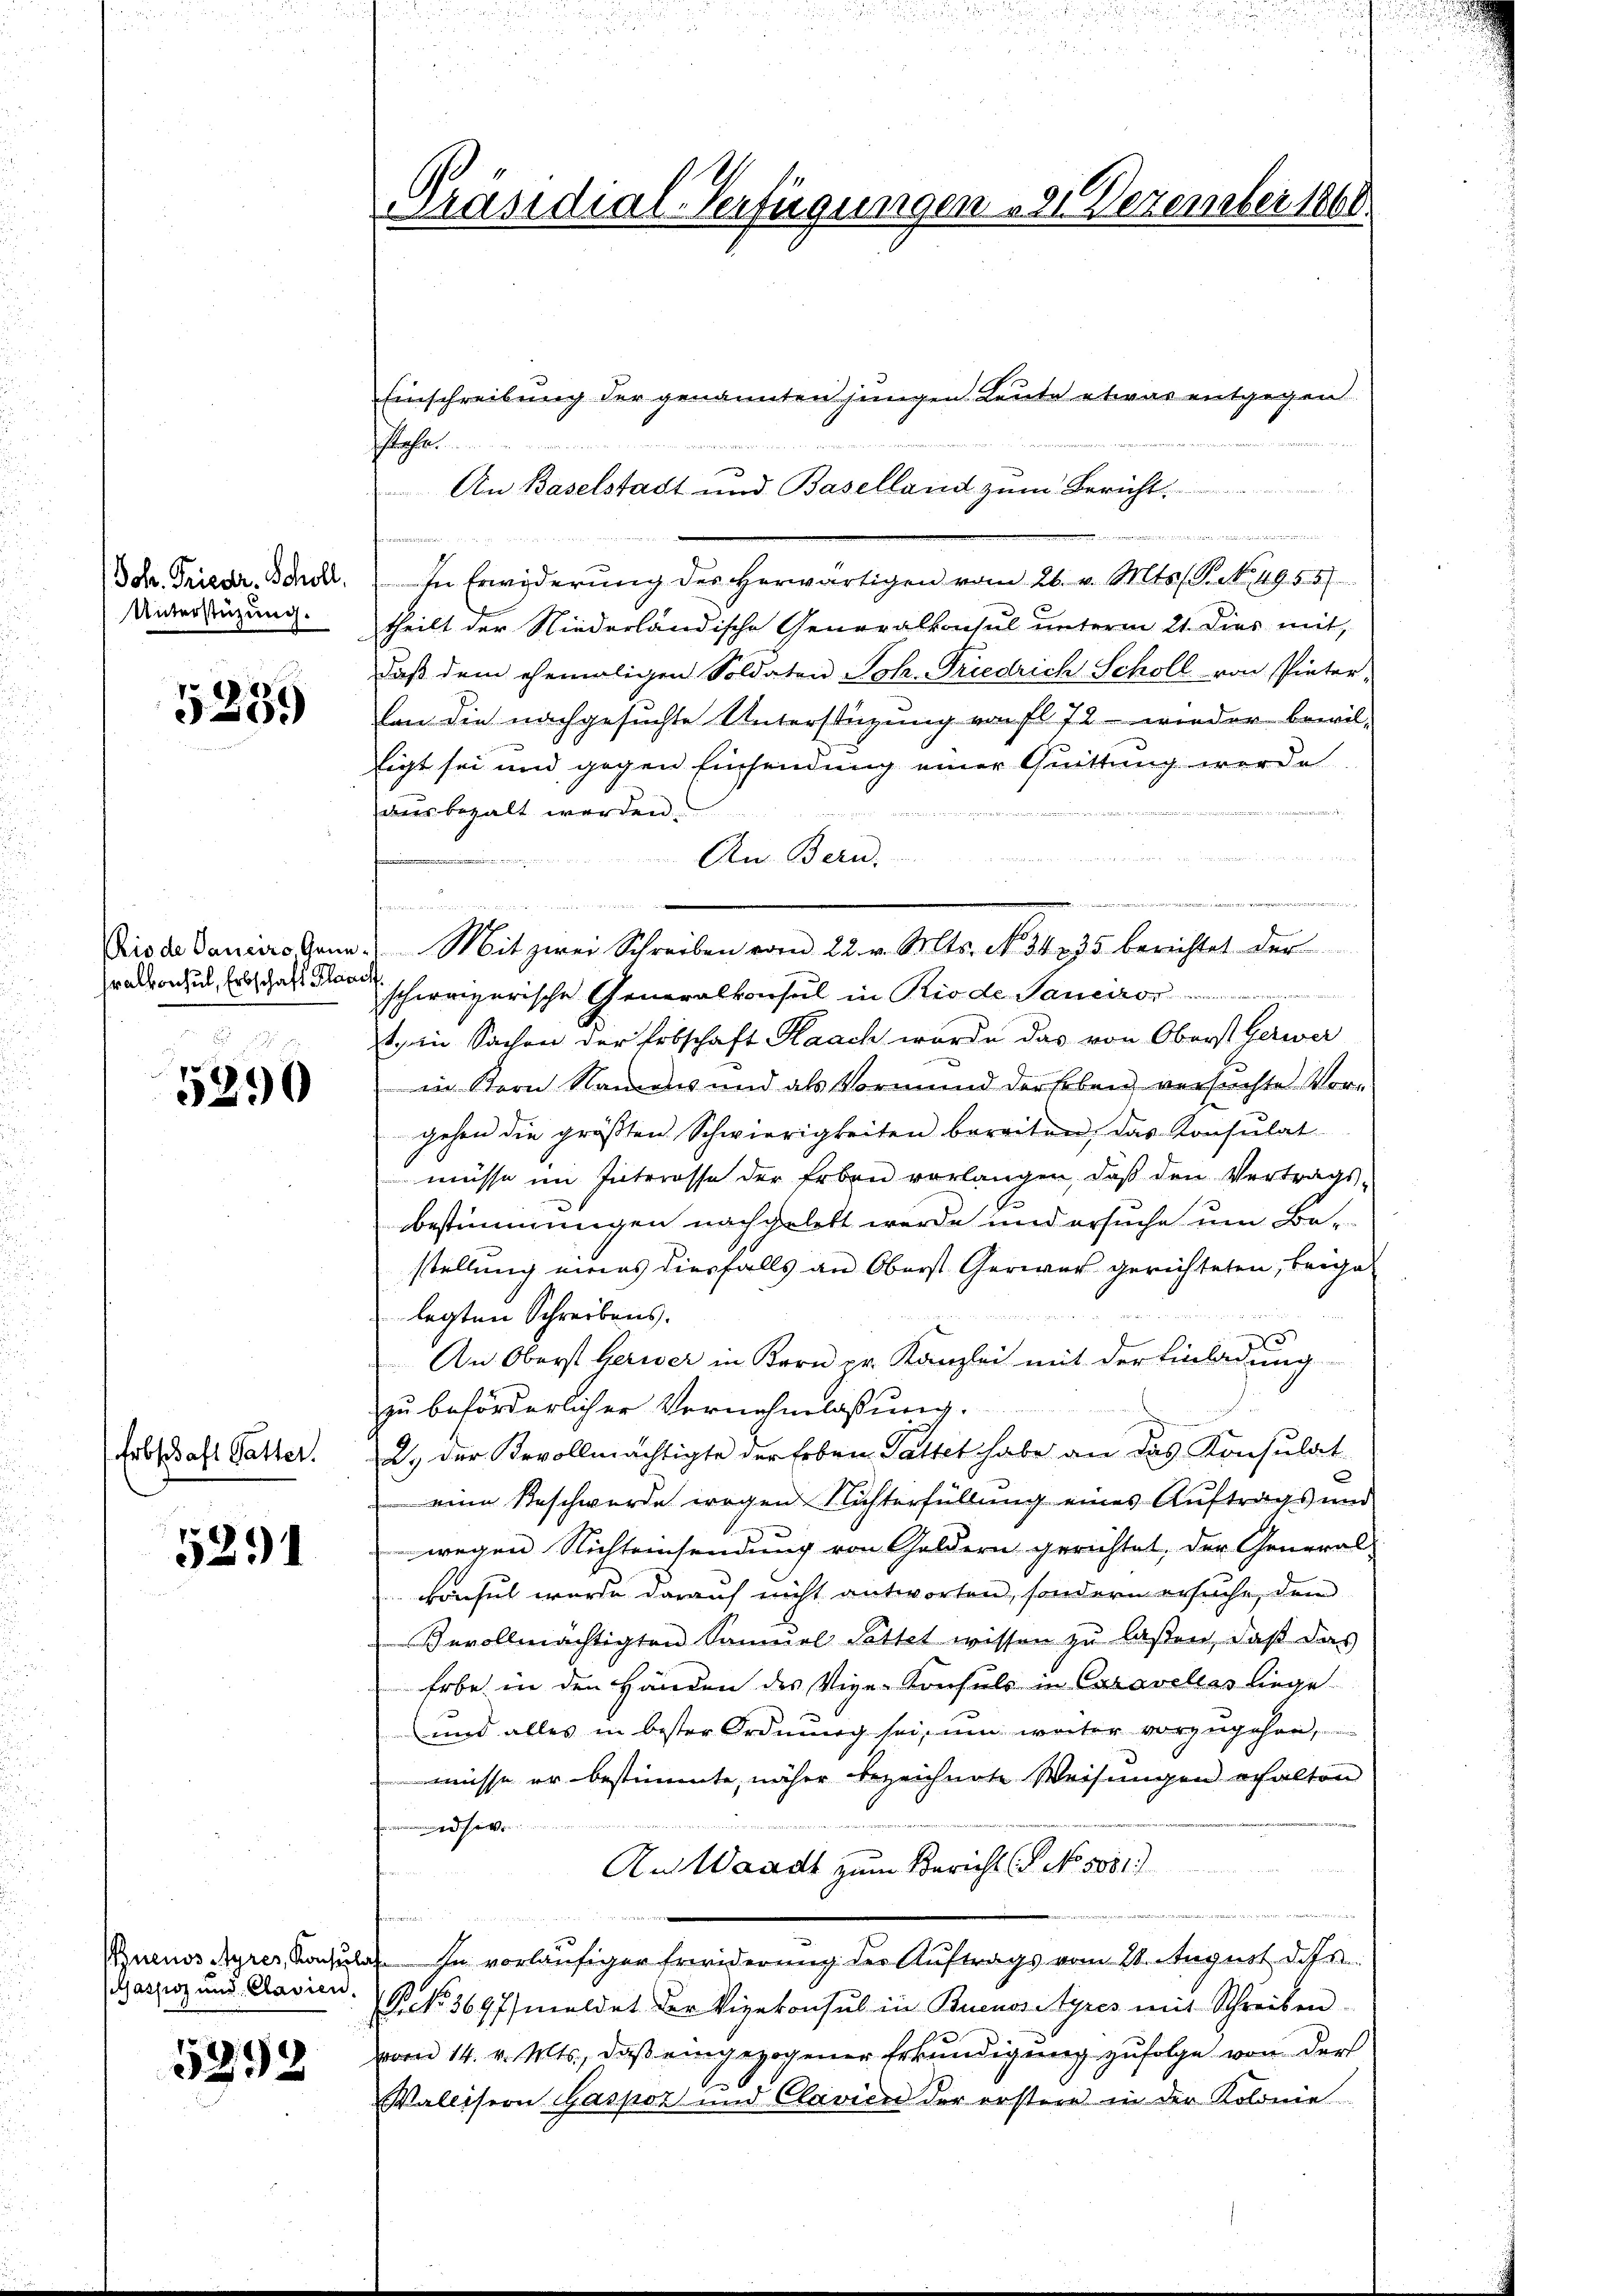
Joh. Friedr. Scholl
Unterstüzung.

5239)

Rio de Dauerro Gene
hralkonsul, Erbschaft Plan

5290

Erbschaft Gatter.

5291

(assoz und Clasien.

5292

Präsidial-Verfügungen 2. Dezember 1861

Einschreibung der genannten jungen Leute etwas entgegen
sehen.
An Baselstadt und Baselland zum Bericht

In Erwiderung des herwärtigen vom 26. v. Mts. S. S. 4955/
theilt der Niederländische Generalkonsul unterm 21. Dies mit,
daß dem ehemaligen Soldaten Joh. Friedrich Scholl von Pinter-
von die nachgesuchte Unterstüzung von fl. 72 wieder bewil-
tigt sei und gegen Einsendung einer Quittung werde
ausbezalt werden.
An Bern.
 1252
u

Mit zwei Schreiben vom 22. v. Mts. No. 3435 berichtet der
d
schweizerische Generalkonsul in Rio de Janeiro
t, in Sachen der Erbschaft Kaach wurde das von Oberst Gerwer
in Bern Namens und als Vormund der haben versuchte Vorgehen die größten Schwierigkeiten bereiten, das Konsulat
müsse im Interesse der Erben verlangen, daβ den Vertrags-
bestimmungen nachgelebt werde und ersuche um Bestellung eines diesfalls an Oberst Gerwer gerichteten, beige

legten Schreibens.
5
An Oberst herwer in Kern pr. Kanzlei mit der Einladung
zu beförderlicher Vernehmlassung.
2.) Der Bevollmächtigte der Erben Pattet habe an das Konsulat
eine Beschwerde wegen Nichterfüllung eines Auftrags und
5
wegen Nichteinsendung von Goldern gerichtet, der Generalkonsul wurde darauf nicht antworten, sondern ersuche, dem
Bevollmächtigten Samŭel Pottet wissen zu laßen, daß das
Erbe in den Händen des Vize-Konsuls in Caravelles liege
und alles in bester Ordnung sei, um weiter vorzugehen,
müsse er bestimmte, näher bezeichnete Weisungen erhalten
.
An Waadt zum Bericht (P No 1031.)
n
s
Buenos Ayres Facult. In vorläufiger Erwiderung der Auftrags vom 21. August dass
NNo. 3697/ meldet der Vizekonsul in Buenossyres mit Schreiben
vom 14. v. Mts., daß eingezogener Erkundigung zufolge von der
Wallisern Gaspor und Clavien der erstere in der Kolonie